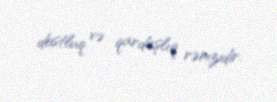
dostluq və qardaşlıq rəmzidir.